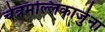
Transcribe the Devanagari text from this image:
चेन्नमल्लिकार्जुना